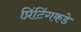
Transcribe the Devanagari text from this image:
प्रिंटिंगकडे